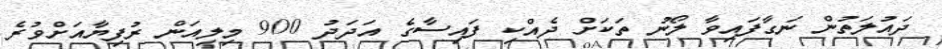
ދައުލަތުން ނަގާފައިވާ ލޯނު ތަކަށް ދެއްކި ފައިސާގެ އަދަދު 900 މިލިއަން ރުފިޔާއަށްވުރެ